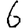
Digit: 6